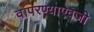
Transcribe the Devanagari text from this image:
वापरण्याऐवजी